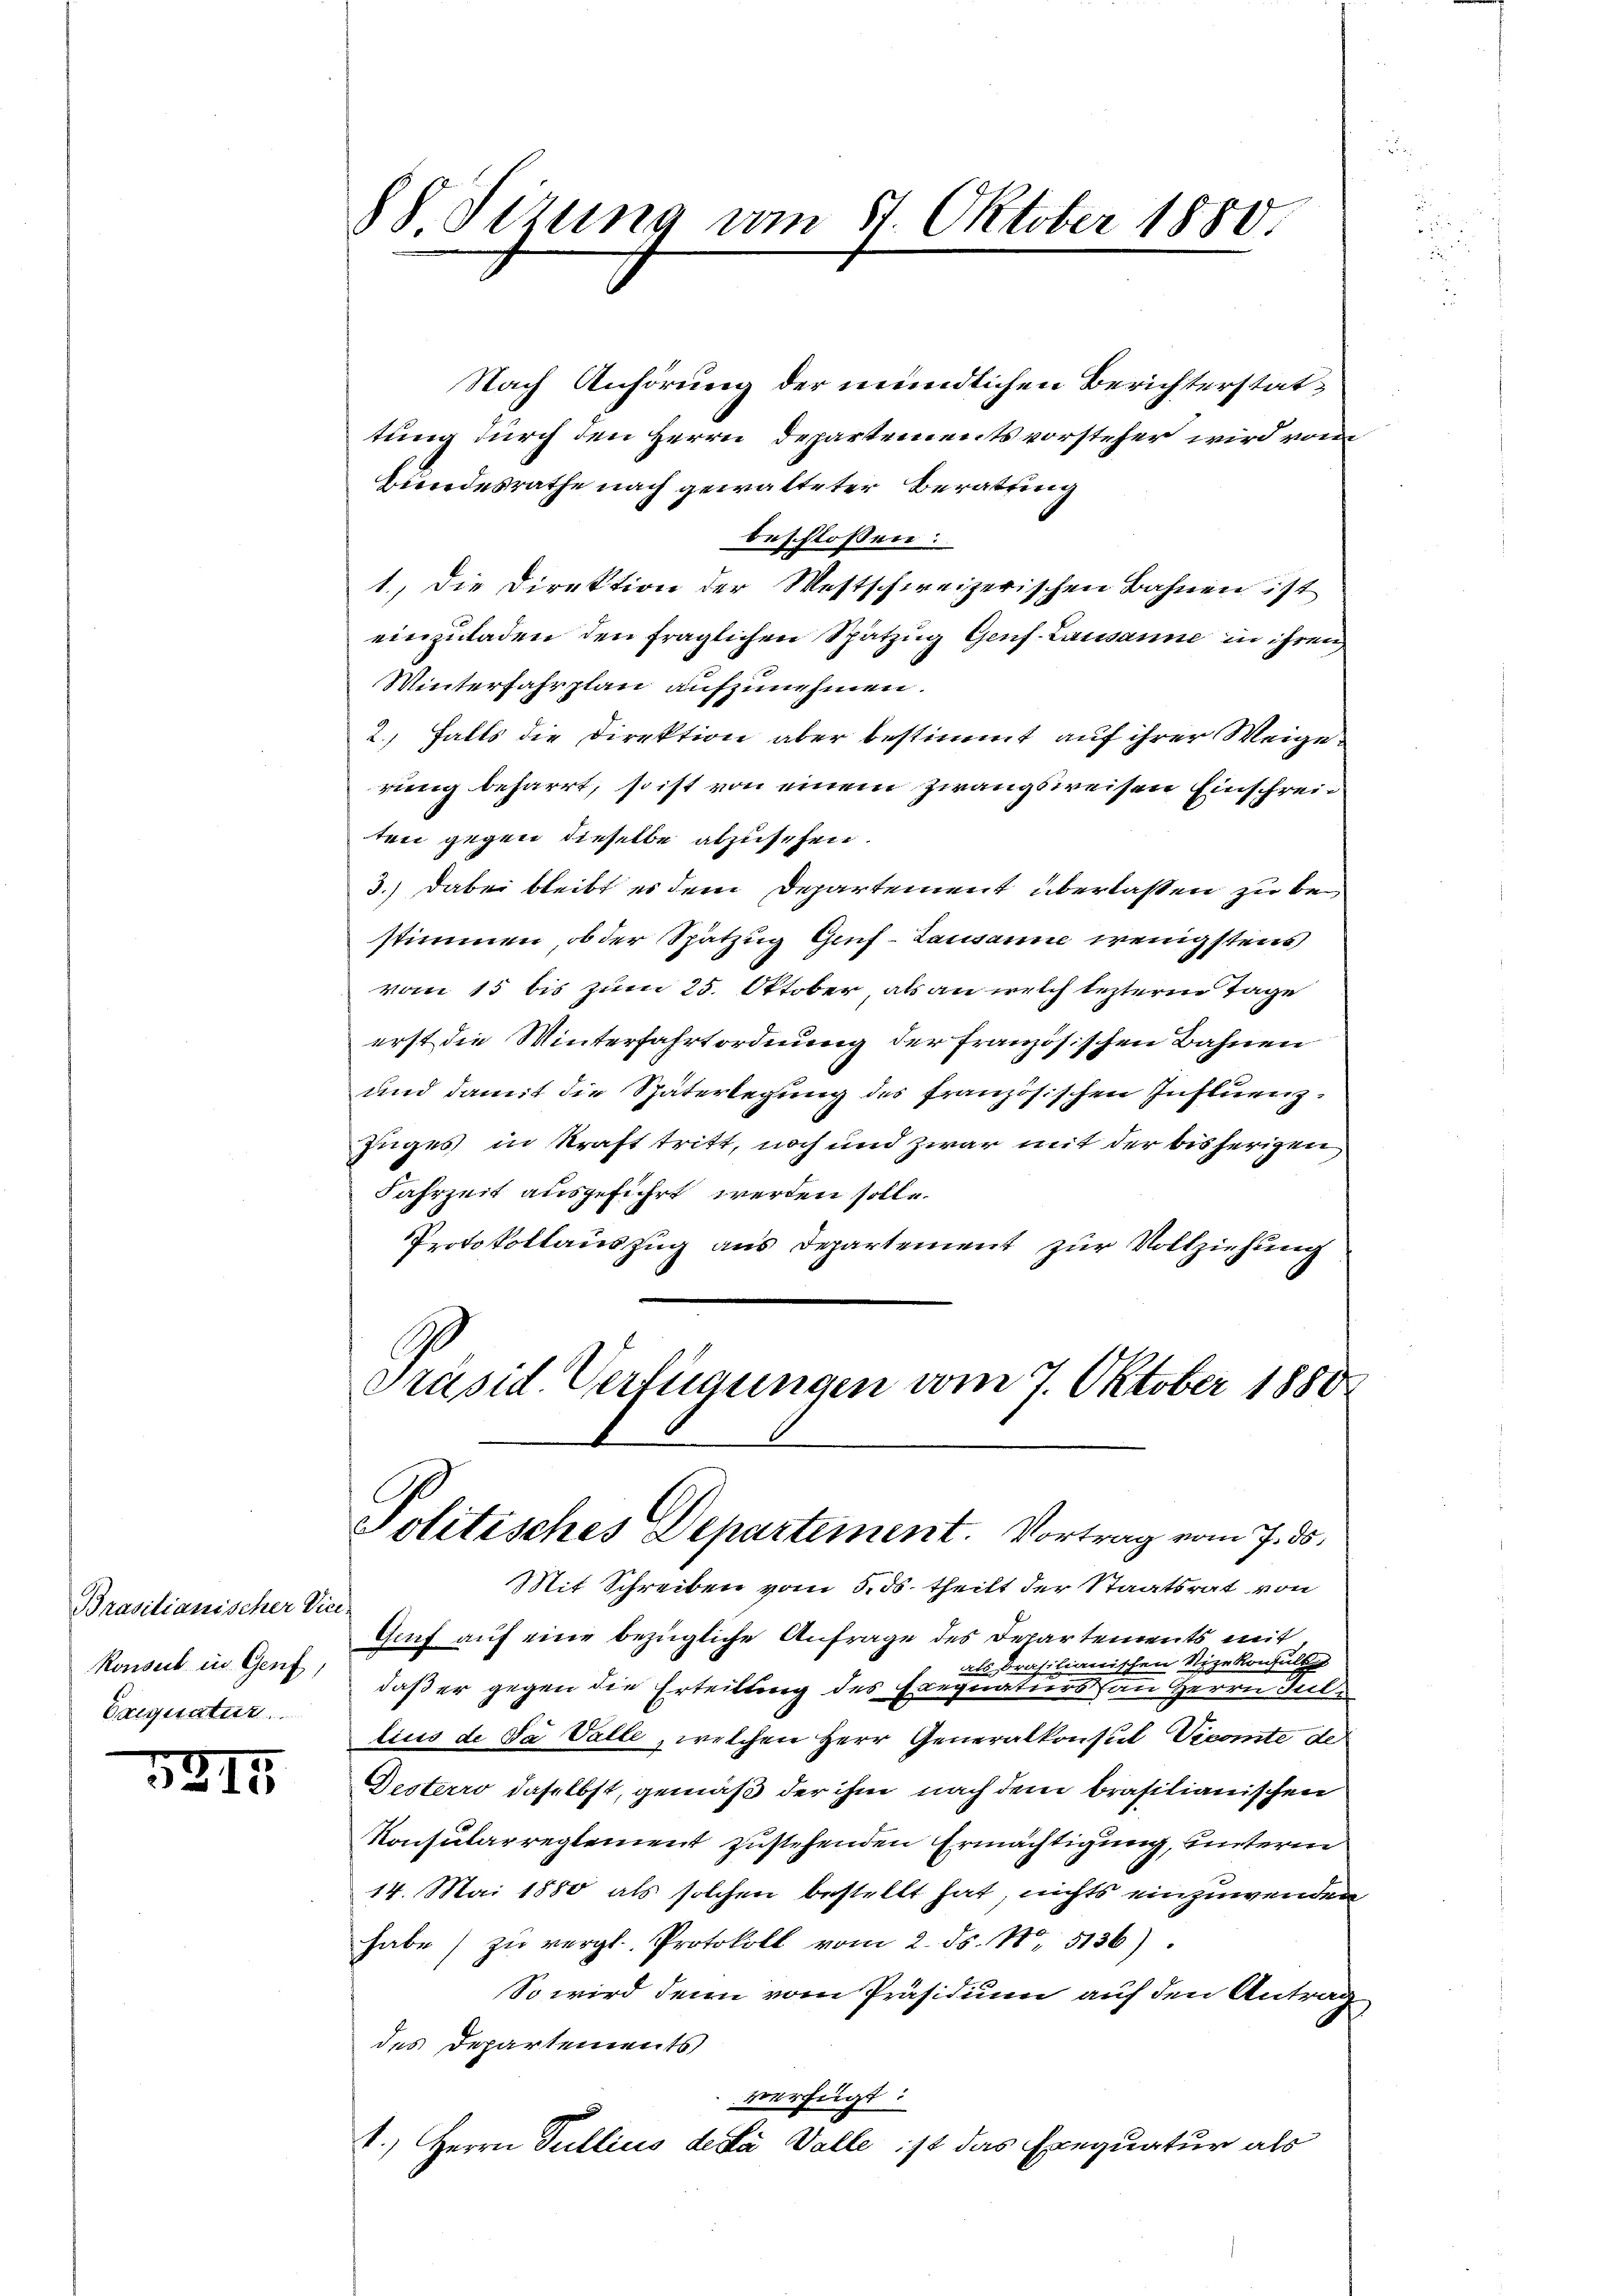
Prasilianischer Vice-
Konseit in Genf,
Caequatur

5217

88 Sizung vom 31. Oktober 1880.

Nach Anhörung der mündlichen Berichterstattung durch den Herrn Departementsvorsteher wird vom
Bindesrathe nach gewalteter Beratung
beschlossen:
1.) Die Direktion der Westschweizerischen Bahnen ist
einzuladen den fraglichen Spatzug Genf. Lausanne in ihren
Winterfahrplan aufzunehmen.
2., Falls die Direktion aber bestimmt auf ihrer Weigerung beharrt, so ist von einem Zwangsweisen Einschreiten gegen dieselbe abzusehen.
3.) Dabei bleibt es dem Departement überlaßen zu bestimmen, ob der Spatzug Genf - Lausanne wenigstens
vom 15 bis zum 25. Oktober, als an welch lezterm Tage
erst die Winterfahrtordnung der französischen Bahnen
und damit die Späterlegung des französischen Influenz¬
Zuges in Kraft tritt, noch und zwar mit der bisherigen
Jahrzeit ausgeführt werden solle.
Protokollauszug aus Departement zur Vollziehung
Präsid. Verfügungen vom 7. Oktober 1880
Politisches Departement. Vortrag vom 7. ds.
Mit Schreiben vom 5. ds. theilt der Staatsrat von
Genf auf eine bezügliche Anfrage des Departements mit
als brasilianischen Nizekonsult
daß er gegen die Erteilung des Exequaturs an Herrn Jullius de da Valle, welchen Herr Generalkonsul Viconte de
Desterro daselbst, gemäß der ihm nach dem brasilianischen
Konsularreglement zustehenden Ermächtigung, unterm
14. Mai 1880 als solchen bestellt hat, nichts einzuwenden
habe zŭ vergl. Protokoll vom 2. ds. No. 5136).
So wird denn vom Präsidium auf den Antrag
des Departements
verfügt:
1.) Herrn Pullius deda Valle ist das Exequatur als